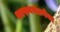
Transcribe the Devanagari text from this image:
शासनयंत्रणेवर